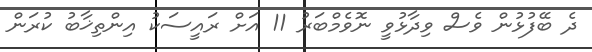
ދެ ބޭފުޅުން ވެސް ވިދާޅުވީ ނޮވެމްބަރު 11 އަށް ރައީސަކު އިންތިޚާބު ކުރަން